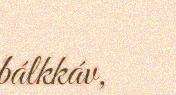
bálkkáv,